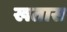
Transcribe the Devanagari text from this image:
खतास